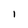
Character: 1